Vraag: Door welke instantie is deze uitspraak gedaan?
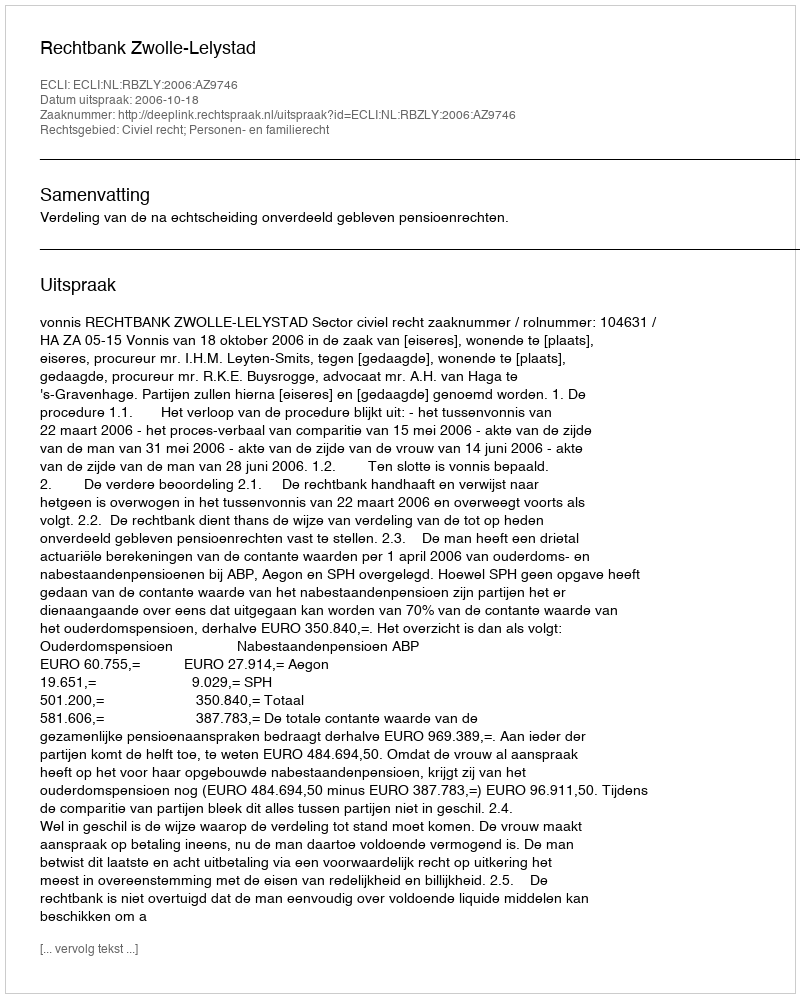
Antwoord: Rechtbank Zwolle-Lelystad